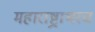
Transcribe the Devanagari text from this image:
महाराष्ट्राभरच